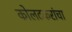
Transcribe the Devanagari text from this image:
कोलटकरांचा